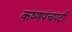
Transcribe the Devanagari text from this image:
कष्णपंचपदी